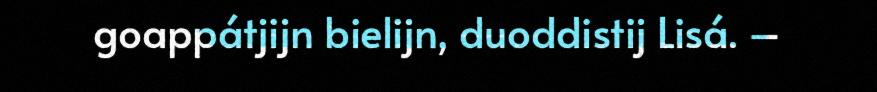
goappátjijn bielijn, duoddistij Lisá. –